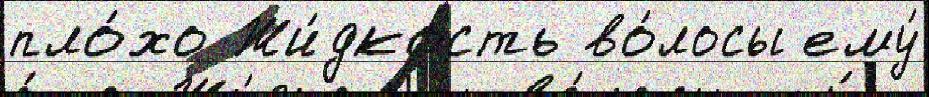
пло́хо Жи́дкость во́лосы ему́